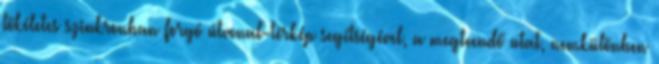
tökéletes szinkronban forgó útvonal-térkép segítségével, a megteendő utat, nemkülönben